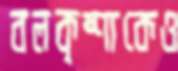
বলকৃষ্ণাকেও